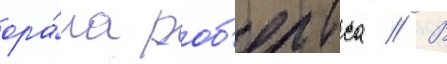
ора́ла роб'ертса // В